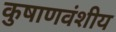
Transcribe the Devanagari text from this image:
कुषाणवंशीय